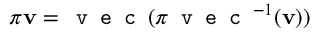
\pi \mathbf { v } = \texttt { v e c } ( \pi \texttt { v e c } ^ { - 1 } ( \mathbf { v } ) )